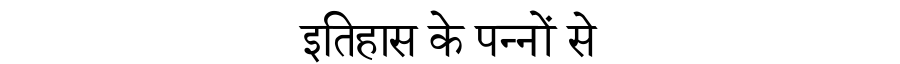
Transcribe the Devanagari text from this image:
इतिहास के पन्नों से